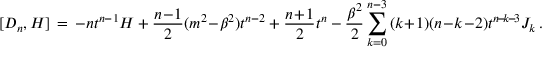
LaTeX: [ D _ { n } , { \cal H } ] \, = \, - n t ^ { n - 1 } { \cal H } + \frac { n \! - \! 1 } { 2 } ( m ^ { 2 } \! - \! \beta ^ { 2 } ) t ^ { n - 2 } + \frac { n \! + \! 1 } { 2 } t ^ { n } - \frac { \beta ^ { 2 } } { 2 } \sum _ { k = 0 } ^ { n - 3 } \, ( k \! + \! 1 ) ( n \! - \! k \! - \! 2 ) t ^ { n \! - \! k \! - \! 3 } J _ { k } \, .